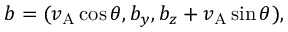
\boldsymbol { b } = ( v _ { \mathrm { A } } \cos \theta , b _ { y } , b _ { z } + v _ { \mathrm { A } } \sin \theta ) ,